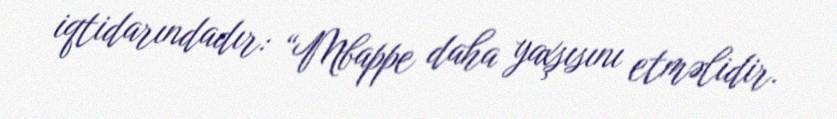
iqtidarındadır: “Mbappe daha yaxşısını etməlidir.